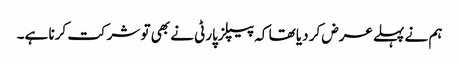
ہم نے پہلے عرض کر دیا تھا کہ پیپلزپارٹی نے بھی تو شرکت کرنا ہے۔